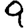
Digit: 9